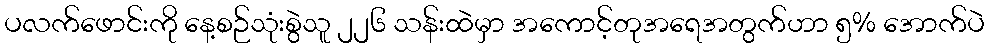
ပလက်ဖောင်းကို နေ့စဉ်သုံးစွဲသူ ၂၂၆ သန်းထဲမှာ အကောင့်တုအရေအတွက်ဟာ ၅% အောက်ပဲ